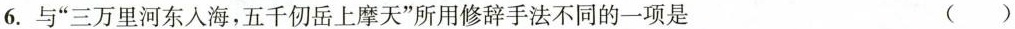
6. 与“三万里河东入海，五千仞岳上摩天”所用修辞手法不同的一项是 ( )